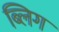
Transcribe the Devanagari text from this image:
ब्लिग